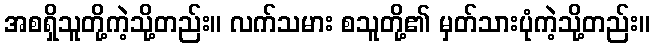
အစရှိသူတို့ကဲ့သို့တည်း။ လက်သမား စသူတို့၏ မှတ်သားပုံကဲ့သို့တည်း။